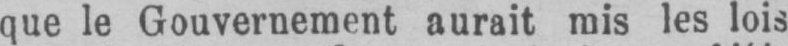
que le Gouvernement aurait mis les lois